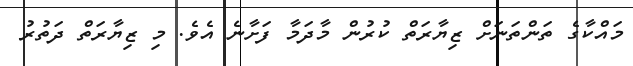
މައްކާގެ ތަންތަނަށް ޒިޔާރަތް ކުރުން މާދަމާ ފަށާނެ އެވެ. މި ޒިޔާރަތް ދަތުރު